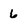
Character: 6